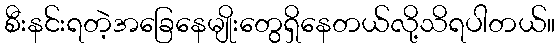
စီးနင်းရတဲ့အခြေနေမျိုးတွေရှိနေတယ်လို့သိရပါတယ်။